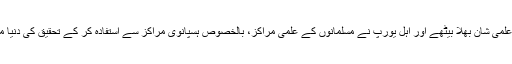
مسلمان اپنی علمی شان بھلا بیٹھے اور اہل یورپ نے مسلمانوں کے علمی مراکز، بالخصوص ہسپانوی مراکز سے استفادہ کر کے تحقیق کی دنیا میں قدم رکھا۔